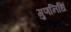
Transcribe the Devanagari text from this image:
गुणनिधिं